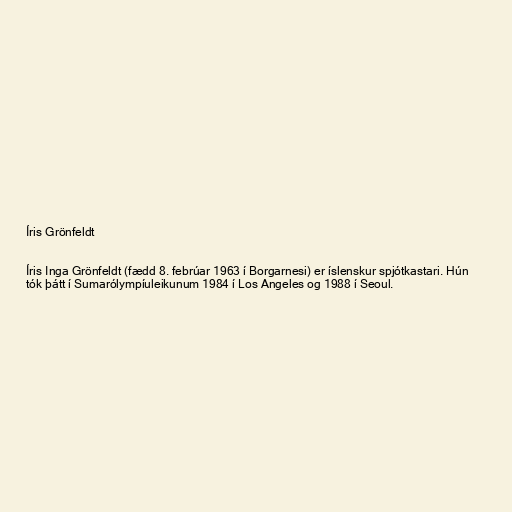
Íris Grönfeldt

Íris Inga Grönfeldt (fædd 8. febrúar 1963 í Borgarnesi) er íslenskur spjótkastari. Hún
tók þátt í Sumarólympíuleikunum 1984 í Los Angeles og 1988 í Seoul.